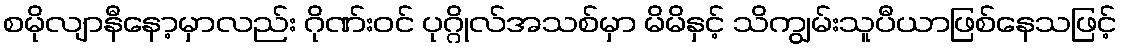
စမိုလျာနီနော့မှာလည်း ဂိုဏ်းဝင် ပုဂ္ဂိုလ်အသစ်မှာ မိမိနှင့် သိကျွမ်းသူပီယာဖြစ်နေသဖြင့်